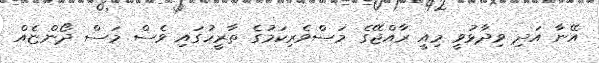
އޭނާ އަދި ވިދާޅުވީ މިއީ ރާއްޖޭގެ މަސްވެރިކަމުގެ ތާރީހުގައި ވެސް މަސް ދޯންޏެއް